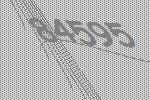
84595